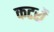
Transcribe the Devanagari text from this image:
कटरों